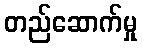
တည်ဆောက်မှု